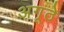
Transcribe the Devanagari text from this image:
अगूठे